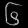
Digit: ၆